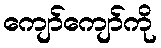
ကျော်ကျော်ကို